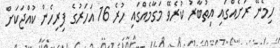
ހިމެނޭ ރަށެއްގައި އިތުބާރު ކުރެވޭ މަގާމެއްގަައި ހުރެ 16 އަހަރުގެ ފިރިހެން ކުއްޖަކަށް